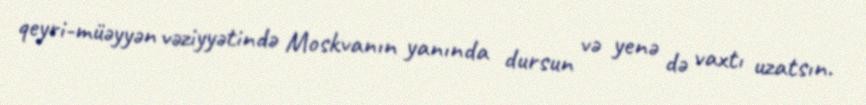
qeyri-müəyyən vəziyyətində Moskvanın yanında dursun və yenə də vaxtı uzatsın.